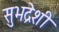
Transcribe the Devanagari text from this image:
सुभद्रेशी